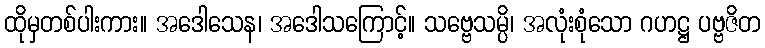
ထိုမှတစ်ပါးကား။ အဒေါသေန၊ အဒေါသကြောင့်။ သဗ္ဗေသမ္ပိ၊ အလုံးစုံသော ဂဟဋ္ဌ ပဗ္ဗဇိတ